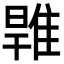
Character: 𨿑